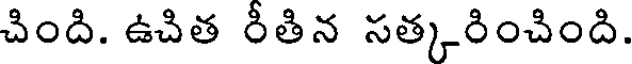
చింది. ఉచిత రీతిన సత్కరించింది.